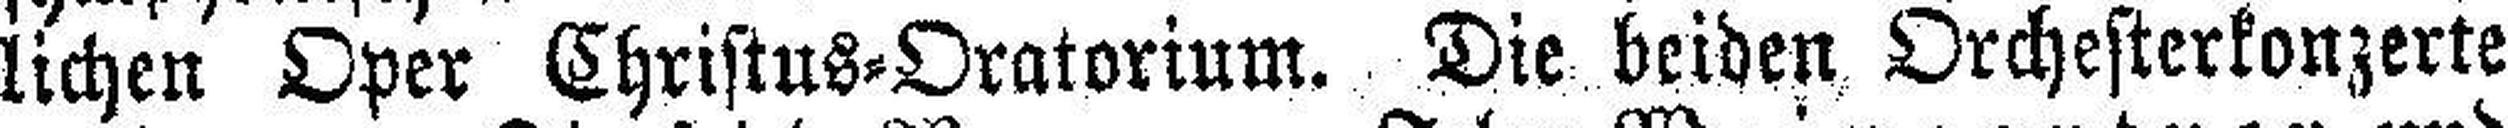
lichen Oper Christus=Oratorium. Die beiden Orchesterkonzerte